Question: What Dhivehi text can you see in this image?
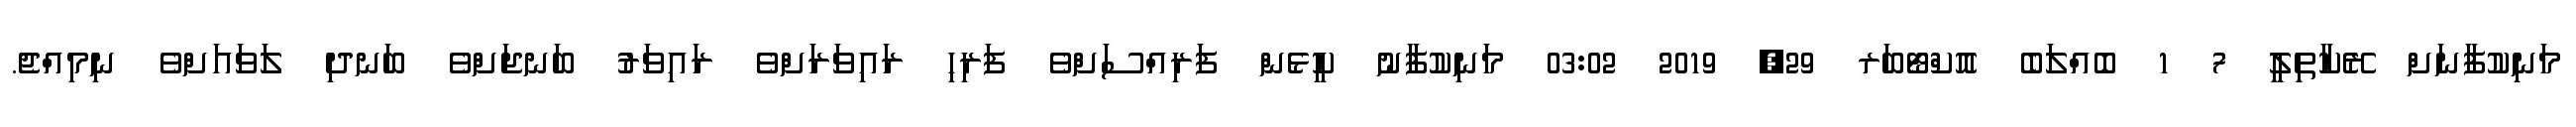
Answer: މަނިކުފާނަށް ރޭކާތިިލީީ 7 1 ބޮއްލަބެ އޮކްޓޯބަރ 29, 2019 03:02 މަނިކުފާނު ކީޅެން ފަރިއްސަށްވެ ފަރިހި ރައިވަރަށްވެ ރައިވަރު ބަނޖަށްވެ ބަނދި ލަވައަށްވެ ނިމިއްޖެ.